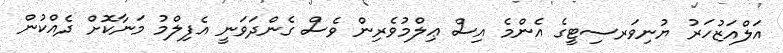
އަލްއަޒުހަރު ޔުނިވަރސިޓީގެ އެންމެ އިސް ޢިލްމުވެރިން ވެސް ގެންދަވަނީ އެފިލްމު މަނާކޮށް ދެއްކުން